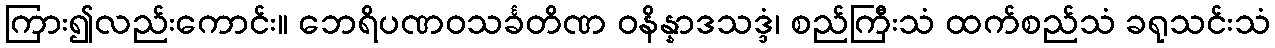
ကြား၍လည်းကောင်း။ ဘေရိပဏဝသင်္ခတိဏ ဝနိန္နာဒသဒ္ဒံ၊ စည်ကြီးသံ ထက်စည်သံ ခရုသင်းသံ